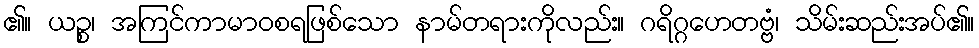
၏။ ယဉ္စ၊ အကြင်ကာမာဝစရဖြစ်သော နာမ်တရားကိုလည်း။ ဂရိဂ္ဂဟေတဗ္ဗံ၊ သိမ်းဆည်းအပ်၏။